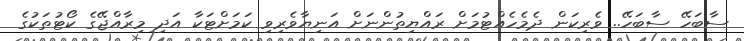
ސާބަހޭ ސާބަހޭ.. ވެރިކަން ދެމެހެއްޓުމަށް ރައްޔިތުންނަށް އަނިޔާވެރިވި ކަމަށްޓަކާ އަދި މިރާއްޖޭގެ ކޯޓުތަކުގެ